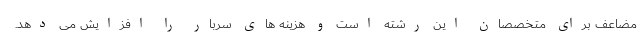
مضاعف برای متخصصان این رشته است و هزینه های سربار را افزایش می دهد.